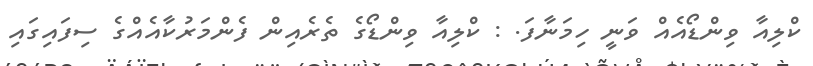
ކްލިއާ ވިންޑޯއެއް ވަނީ ހިމަނާފަ. : ކްލިއާ ވިންޑޯގެ ތެރެއިން ފެންމަރުކާއެއްގެ ސިފައިގައި